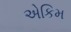
એકિમ